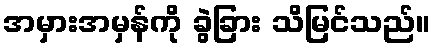
အမှားအမှန်ကို ခွဲခြား သိမြင်သည်။